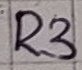
Text: R3